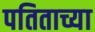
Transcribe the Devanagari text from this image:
पतिताच्या